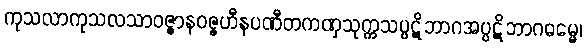
ကုသလာကုသလသာဝဇ္ဇာနဝဇ္ဇဟီနပဏီတကဏှသုက္ကသပ္ပဋိဘာဂအပ္ပဋိဘာဂဓမ္မေ၊